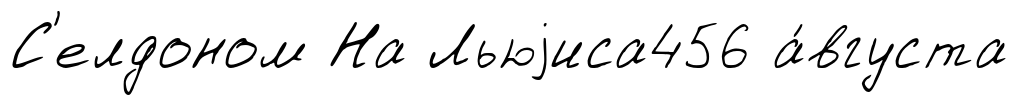
С'елдоном На Льюjиса456 а́вгуста